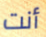
أنت